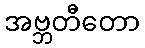
အဗ္ဘတီတော